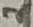
Text: 2